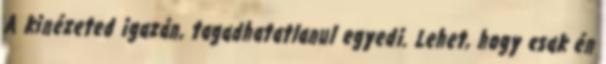
A kinézeted igazán, tagadhatatlanul egyedi. Lehet, hogy csak én